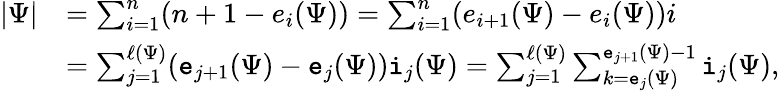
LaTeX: \begin{array}{rl}{|\Psi|}&{=\sum_{i=1}^{n}(n+1-e_{i}(\Psi))=\sum_{i=1}^{n}(e_{i+1}(\Psi)-e_{i}(\Psi))i}\\ &{=\sum_{j=1}^{\ell(\Psi)}(\mathtt{e}_{j+1}(\Psi)-\mathtt{e}_{j}(\Psi))\mathtt{i}_{j}(\Psi)=\sum_{j=1}^{\ell(\Psi)}\sum_{k=\mathtt{e}_{j}(\Psi)}^{\mathtt{e}_{j+1}(\Psi)-1}\mathtt{i}_{j}(\Psi),}\end{array}